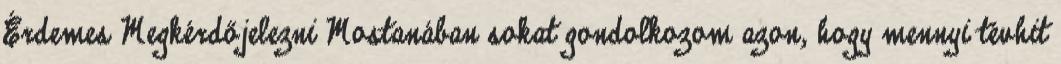
Érdemes Megkérdőjelezni Mostanában sokat gondolkozom azon, hogy mennyi tévhit